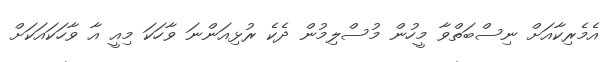
އެމެރިކާއަށް ނިސްބަތްވާ މީހުން މުސްލިމުން ދެކެ ރުޅިއަންނަ ވާހަކަ މިއީ އާ ވާހަކައަކަށް